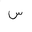
Letter: _sin